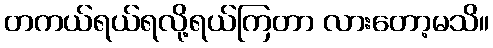
တကယ်ရယ်ရလို့ရယ်ကြတာ လားတော့မသိ။